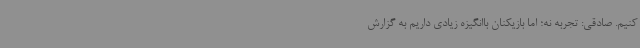
کنیم. صادقی: تجربه نه؛ اما بازیکنان باانگیزه زیادی داریم به گزارش